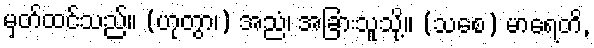
မှတ်ထင်သည်။ (ဟုတွာ၊) အညံ၊ အခြားသူသို့။ (သစေ) မာရေတိ,